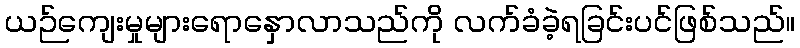
ယဉ်ကျေးမှုများရောနှောလာသည်ကို လက်ခံခဲ့ရခြင်းပင်ဖြစ်သည်။